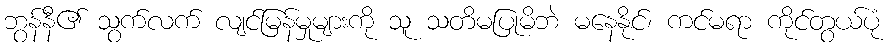
ဘွန်နီ၏ သွက်လက် လျင်မြန်မှုများကို သူ သတိမပြုမိဘဲ မနေနိုင်၊ ကင်မရာ ကိုင်တွယ်ပုံ